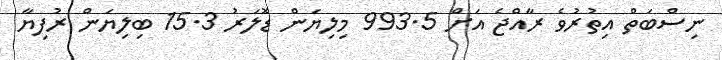
ނިސްބަތް އިތުރުވެ ރާއްޖެ އަށް 993.5 މިލިޔަން ޑޮލަރު 15.3 ބިލިޔަން ރުފިޔާ